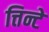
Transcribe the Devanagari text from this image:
त्तिन्टे